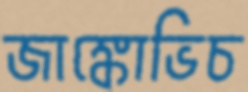
জাঙ্কোভিচ